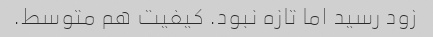
زود رسید اما تازه نبود. کیفیت هم متوسط.